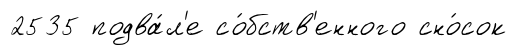
2535 подва́л'е со́бств'енного сно́сок